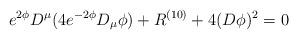
LaTeX: \begin{align*}e^{2\phi} D^{\mu}( 4e^{-2\phi} D_{\mu} \phi )+ R^{(10)}+4(D\phi)^2=0\end{align*}